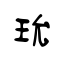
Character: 玧